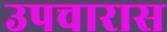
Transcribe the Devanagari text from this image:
उपचारास